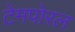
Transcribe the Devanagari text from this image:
टेमपोरल